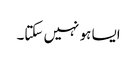
ایسا ہو نہیں سکتا۔